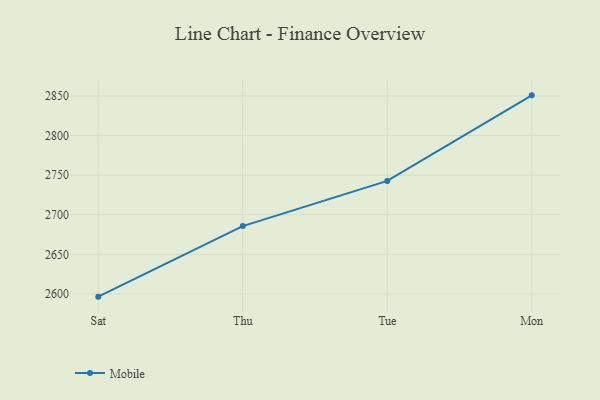
{"axis": {"x": "Day", "y": "Active Users"}, "legend": ["Mobile"], "data": [{"x": "Sat", "y": 2596.5, "type": "Mobile"}, {"x": "Thu", "y": 2685.6, "type": "Mobile"}, {"x": "Tue", "y": 2742.7, "type": "Mobile"}, {"x": "Mon", "y": 2850.8, "type": "Mobile"}]}